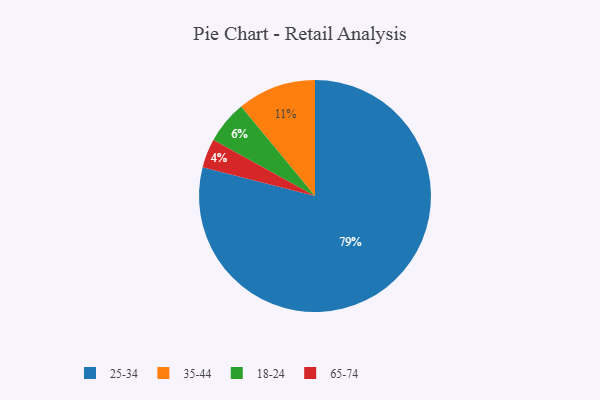
{"axis": {"x": "Category", "y": "Percentage"}, "legend": ["18-24", "25-34", "35-44", "65-74"], "data": [{"x": "35-44", "y": 11, "type": "35-44"}, {"x": "65-74", "y": 4, "type": "65-74"}, {"x": "25-34", "y": 79, "type": "25-34"}, {"x": "18-24", "y": 6, "type": "18-24"}]}